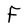
Character: F